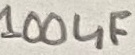
Text: 100uF